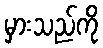
မှားသည်ကို